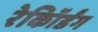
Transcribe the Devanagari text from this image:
रेकॉिर्डंग